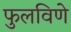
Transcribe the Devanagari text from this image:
फुलविणे